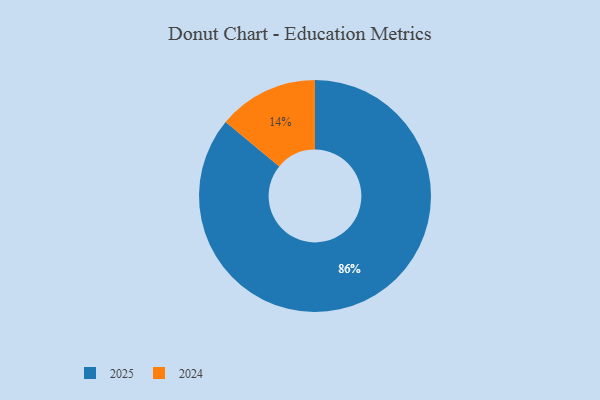
{"axis": {"x": "Category", "y": "Percentage"}, "legend": ["2024", "2025"], "data": [{"x": "2025", "y": 86, "type": "2025"}, {"x": "2024", "y": 14, "type": "2024"}]}